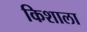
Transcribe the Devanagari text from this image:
किशाला